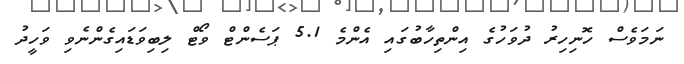
ނަމަވެސް ހޮނިހިރު ދުވަހުގެ އިންތިހާބުގައި އެންމެ 5.1 ޕަސެންޓް ވޯޓް ލިބިވަޑައިގެންނެވި ވަހީދު